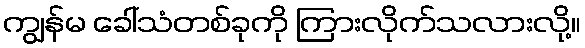
ကျွန်မ ခေါ်သံတစ်ခုကို ကြားလိုက်သလားလို့။